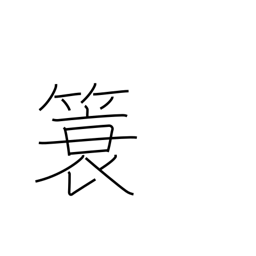
Meaning: a coat raincoat